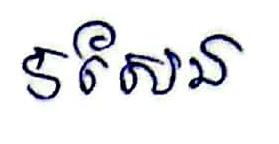
5សែន